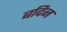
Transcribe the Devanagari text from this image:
बदिन